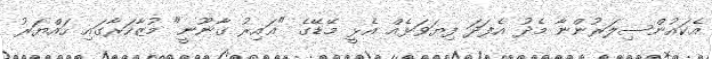
އެކައުންސިލަރުންނާ މެދު އެފަދަ ފިޔަވަޅެއް އެޅީ މޭޑޭގެ "ޣައިރު ގާނޫނީ" މުޒާހަރާގައި ހައްޔަރު